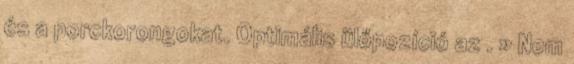
és a porckorongokat. Optimális ülőpozíció az . » Nem